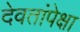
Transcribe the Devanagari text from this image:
देवतांपेक्षा